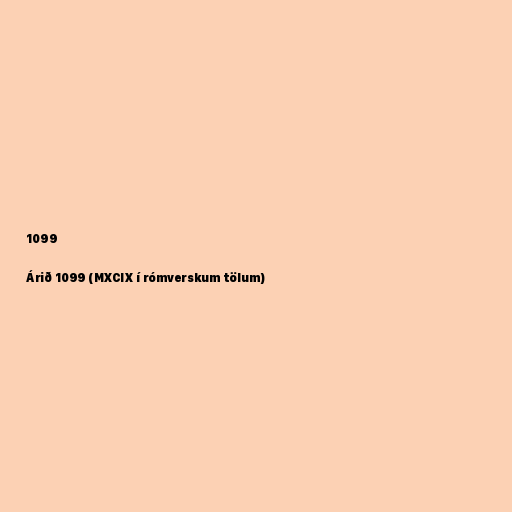
1099

Árið 1099 (MXCIX í rómverskum tölum)